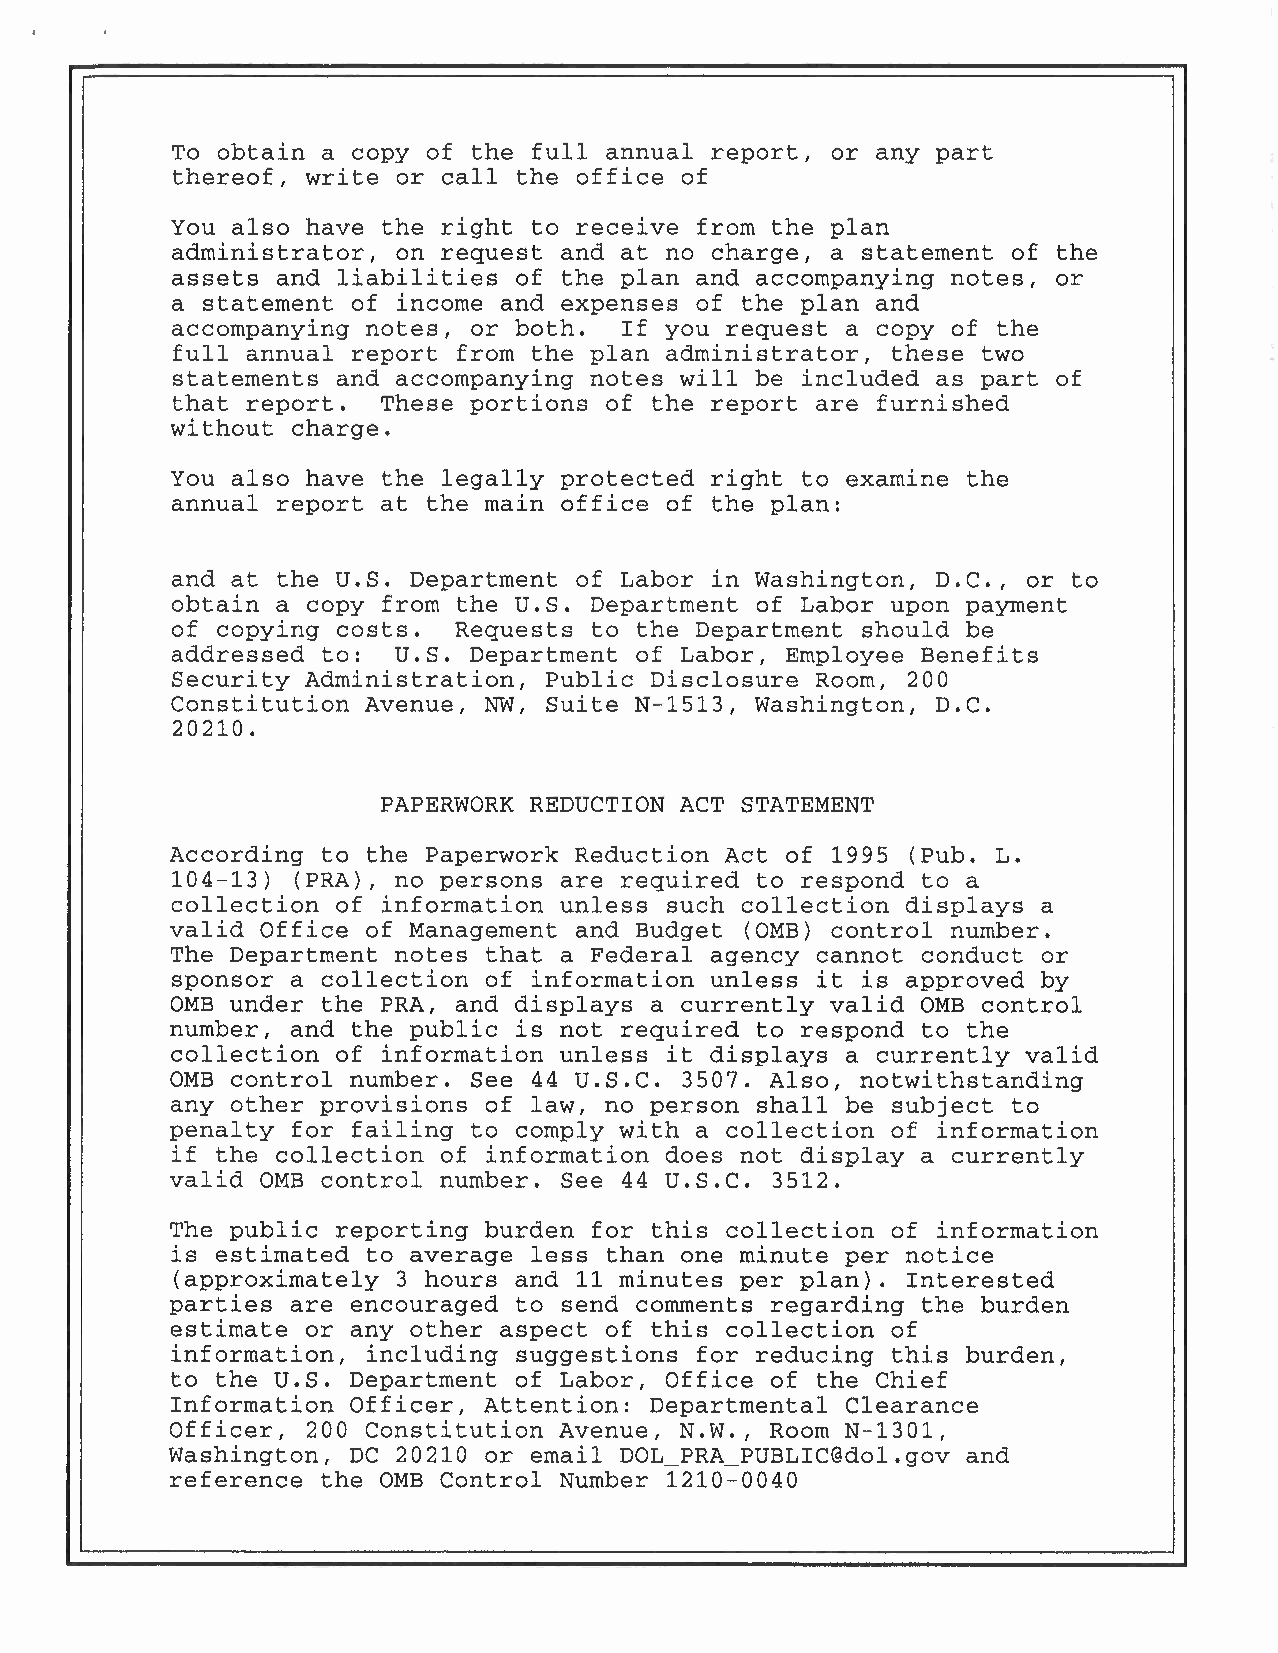
To obtain a copy of the full annual report, or any part
 thereof, write or call the office of
 You also have the right to receive from the plan
 administrator, on request and at no charge, a statement of the
 assets and liabilities of the plan and accompanying notes, or
 a statement of income and expenses of the plan and
 accompanying notes, or both.  If you request a copy of the
 full annual report from the plan administrator, these two
 statements and accompanying notes will be included as part of
 that report.  These portions of the report are furnished
 without charge.
 You also have the legally protected right to examine the
 annual report at the main office of the plan:
 and at the U.S. Department of Labor in Washington, D.C., or to
 obtain a copy from the U.S. Department of Labor upon payment
 of copying costs.  Requests to the Department should be
 addressed to:  U.S. Department of Labor, Employee Benefits
 Security Administration, Public Disclosure Room, 200
 Constitution Avenue, NW, Suite N-1513, Washington, D.C.
 20210.
 PAPERWORK REDUCTION ACT STATEMENT
 According to the Paperwork Reduction Act of 1995 (Pub. L.
 104-13)  (PRA), no persons are required to respond to a
 collection of information unless such collection displays a
 valid Office of Management and Budget (0MB) control number.
 The Department notes that a Federal agency cannot conduct or
 sponsor a collection of information unless it is approved by
 0MB under the PRA, and displays a currently valid 0MB control
 number, and the public is not required to respond to the
 collection of information unless it displays a currently valid
 u.s.c.
 0MB control number. See 44        3507. Also, notwithstanding
 any other provisions of law, no person shall be subject to
 penalty for failing to comply with a collection of information
 if the collection of information does not display a currently
 valid 0MB control number. See 44 U.S.C. 3512.
 The public reporting burden for this collection of information
 is estimated to average less than one minute per notice
 (approximately 3 hours and 11 minutes per plan). Interested
 parties are encouraged to send comments regarding the burden
 estimate or any other aspect of this collection of
 information, including suggestions for reducing this burden,
 to the U.S. Department of Labor, Office of the Chief
 Information Officer, Attention: Departmental Clearance
 Officer, 200 Constitution Avenue, N.W., Room N-1301,
 Washington, DC 20210 or email DOL_PRA_PUBLIC@dol.gov and
 reference the 0MB Control Number 1210-0040